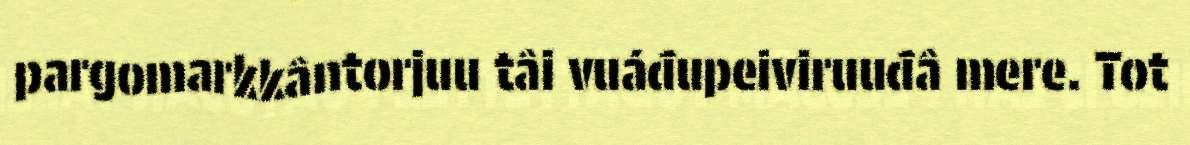
pargomarkkântorjuu tâi vuáđupeiviruuđâ mere. Tot